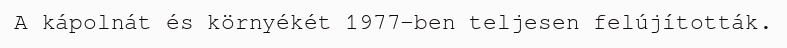
A kápolnát és környékét 1977-ben teljesen felújították.